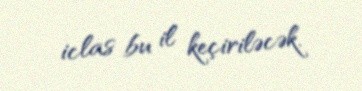
iclas bu il keçiriləcək.